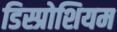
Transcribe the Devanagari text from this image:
डिस्प्रोशियम